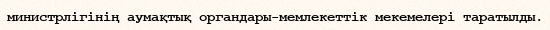
министрлігінің аумақтық органдары-мемлекеттік мекемелері таратылды.